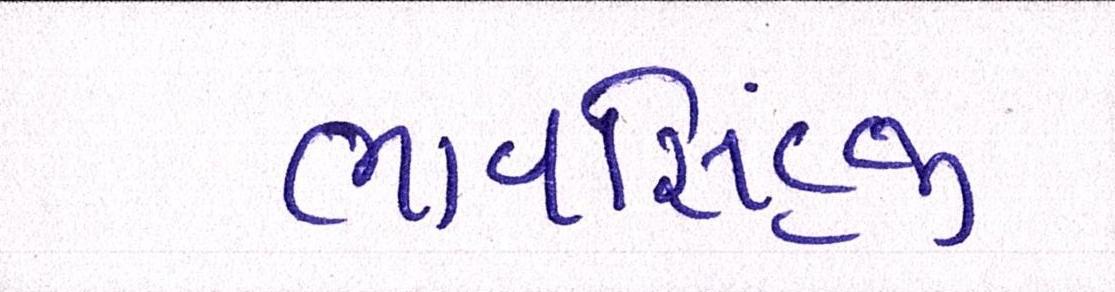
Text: ભાવસિંહજી